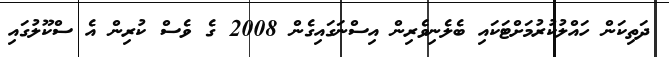
ދަތިކަން ހައްލުކުރުމަށްޓަކައި ބެލެނިވެރިން އިސްނަގައިގެން 2008 ގެ ވެސް ކުރިން އެ ސްކޫލުގައި